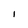
Character: I